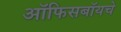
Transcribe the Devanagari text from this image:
ऑफिसबॉयचे